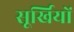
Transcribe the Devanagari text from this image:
सूर्खियों